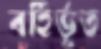
বর্হির্ভূত